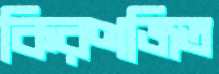
কিরণজিত